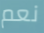
نعم